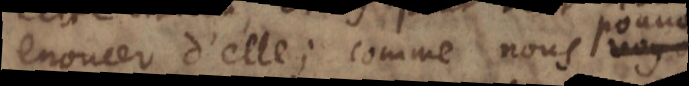
enoncer d’elle; comme nous vo